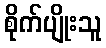
စိုက်ပျိုးသူ